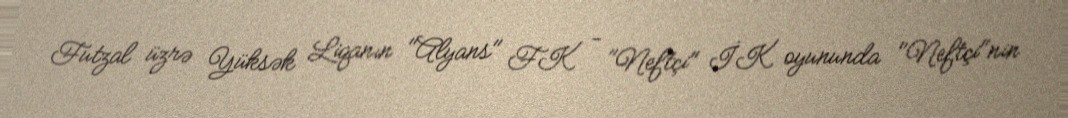
Futzal üzrə Yüksək Liqanın "Alyans" FK - "Neftçi" İK oyununda "Neftçi"nin